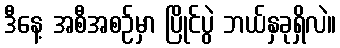
ဒီနေ့ အစီအစဉ်မှာ ပြိုင်ပွဲ ဘယ်နှခုရှိလဲ။